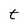
Character: t